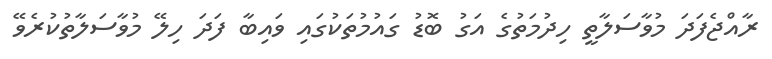
ރާއްޖެފަދަ މުވާސަލާތީ ހިދުމަތުގެ އަގު ބޮޑު ގައުމުތަކުގައި ވައިބާ ފަދަ ހިލޭ މުވާސަލާތުކުރެވޭ